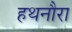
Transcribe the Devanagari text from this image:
हथनौरा